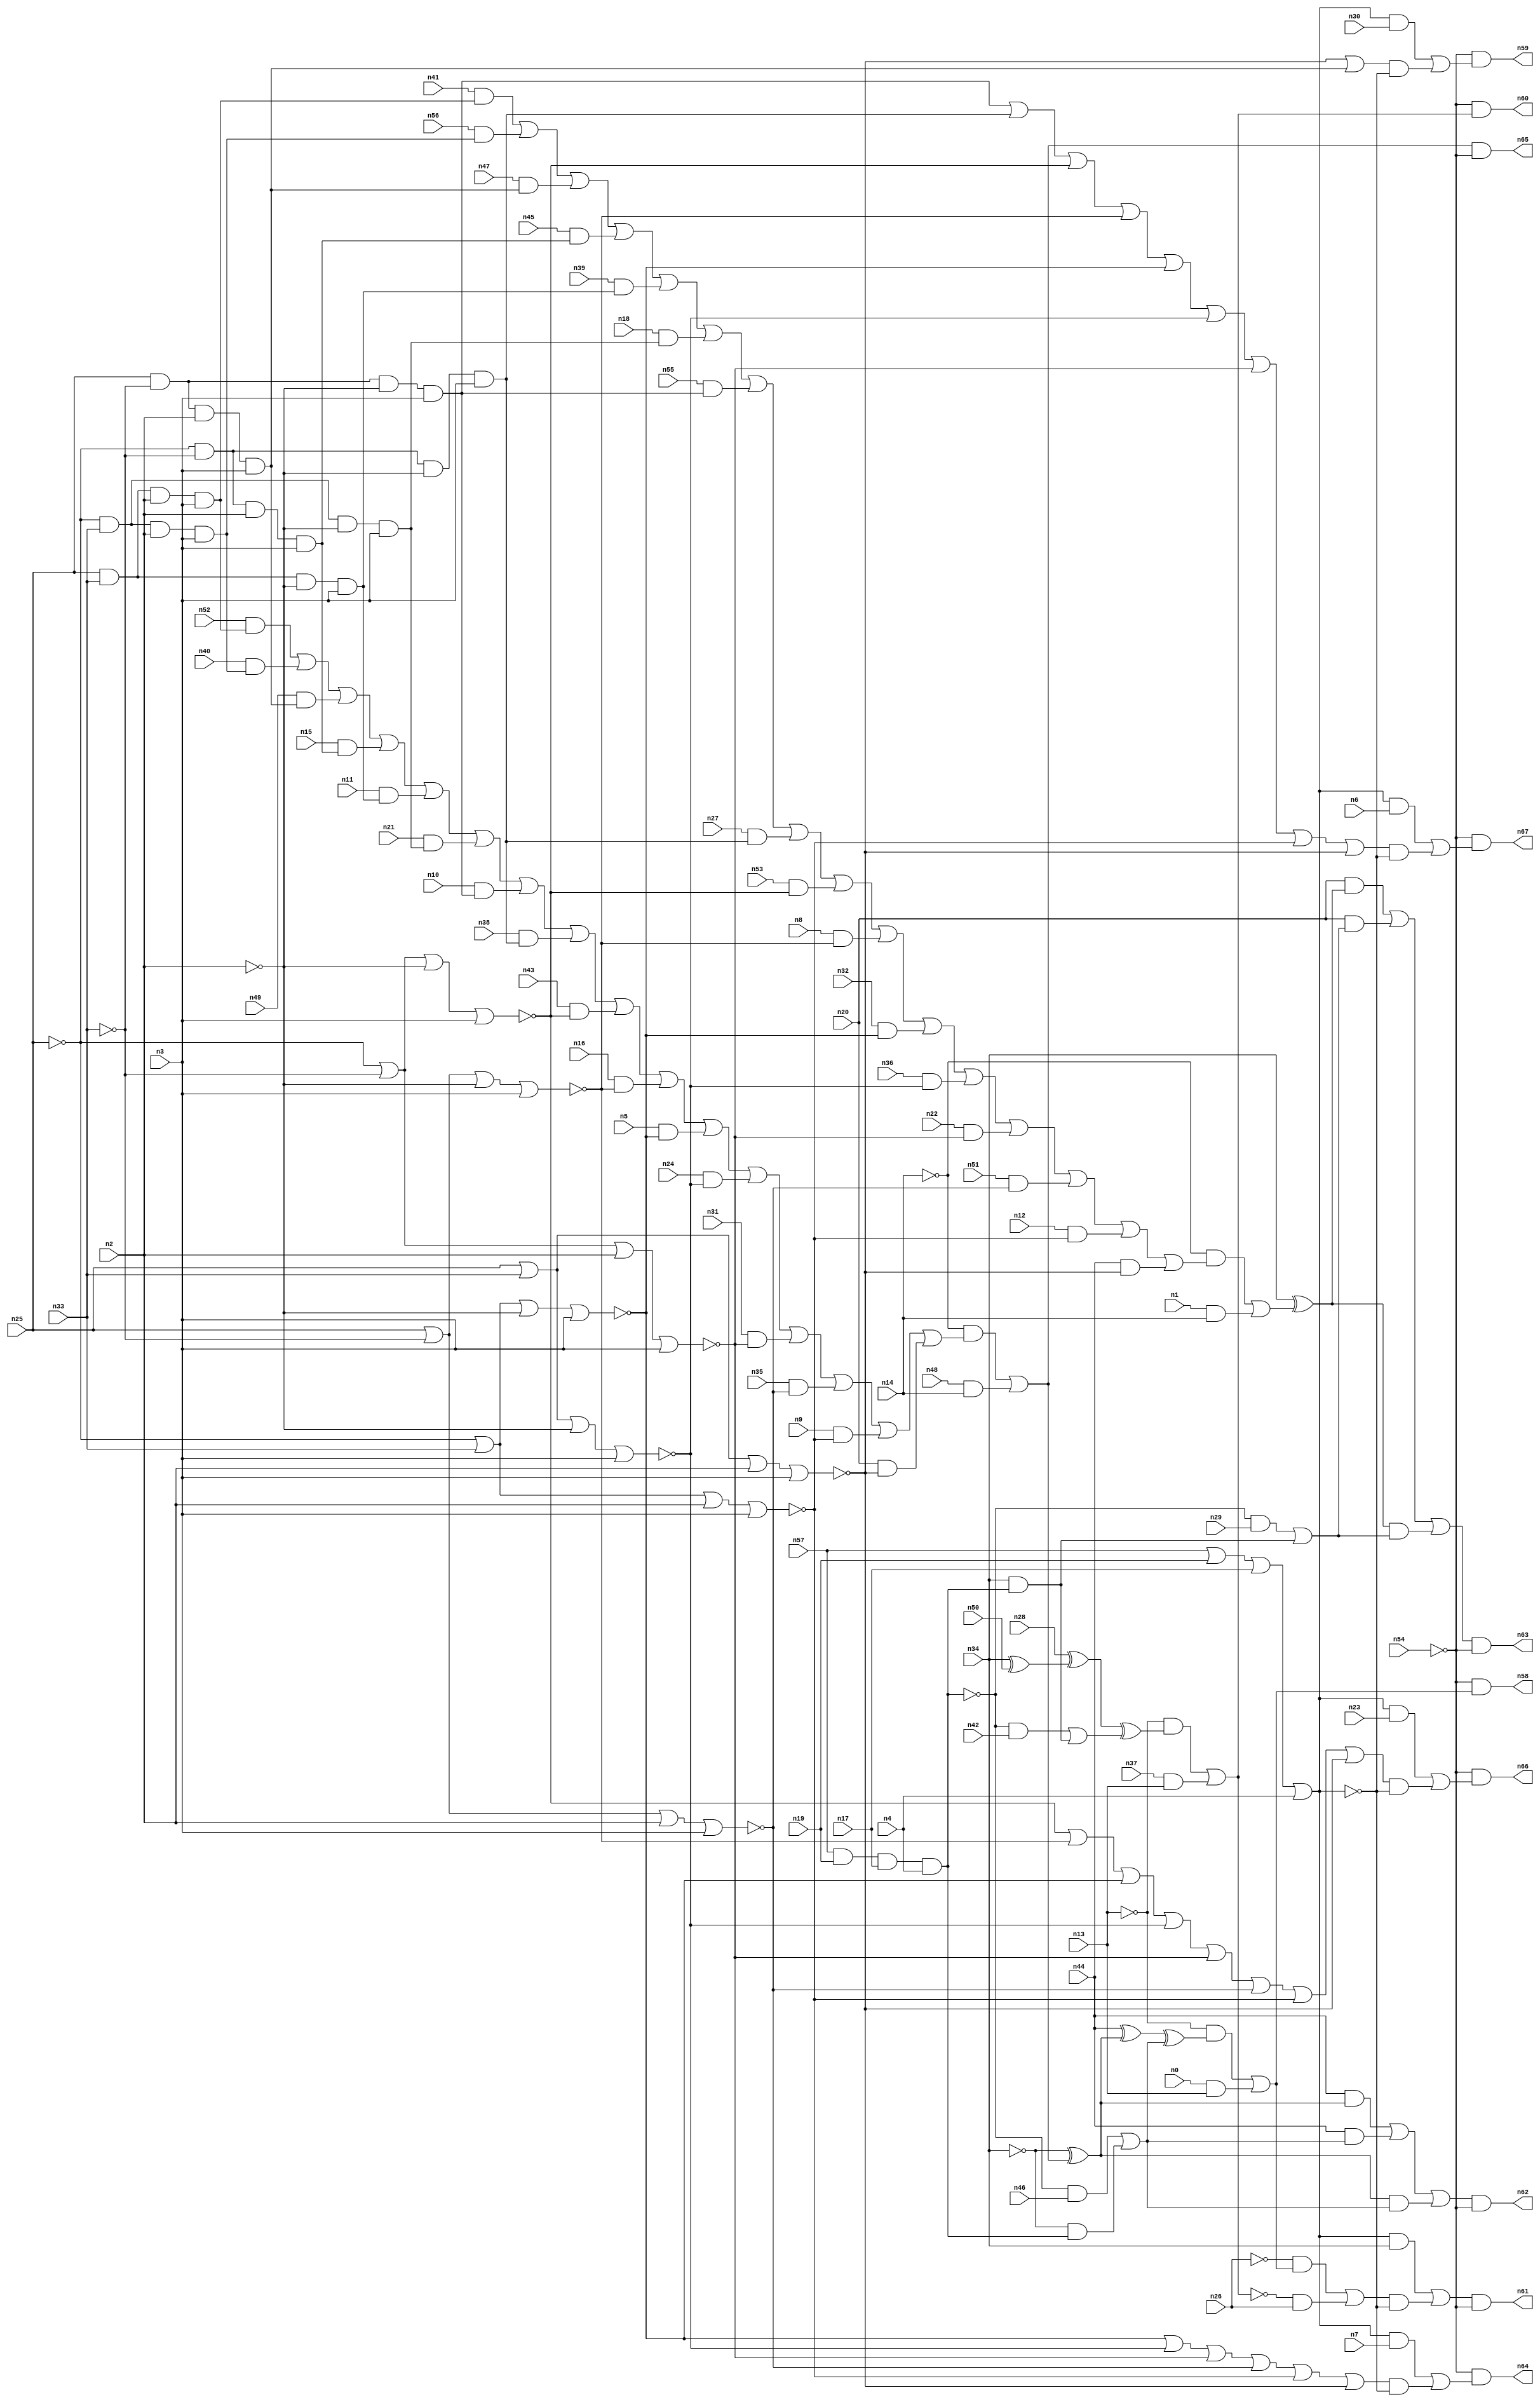
//
// Conformal-LEC Version 16.10-d160 ( 04-Jul-2016 ) ( 64 bit executable )
//
module top ( n0 , n1 , n2 , n3 , n4 , n5 , n6 , n7 , n8 , n9 , n10 , n11 , n12 , n13 , n14 , n15 , n16 , n17 , n18 , n19 , n20 , n21 , n22 , n23 , n24 , n25 , n26 , n27 , n28 , n29 , n30 , n31 , n32 , n33 , n34 , n35 , n36 , n37 , n38 , n39 , n40 , n41 , n42 , n43 , n44 , n45 , n46 , n47 , n48 , n49 , n50 , n51 , n52 , n53 , n54 , n55 , n56 , n57 , n58 , n59 , n60 , n61 , n62 , n63 , n64 , n65 , n66 , n67 );
input n0 , n1 , n2 , n3 , n4 , n5 , n6 , n7 , n8 , n9 , n10 , n11 , n12 , n13 , n14 , n15 , n16 , n17 , n18 , n19 , n20 , n21 , n22 , n23 , n24 , n25 , n26 , n27 , n28 , n29 , n30 , n31 , n32 , n33 , n34 , n35 , n36 , n37 , n38 , n39 , n40 , n41 , n42 , n43 , n44 , n45 , n46 , n47 , n48 , n49 , n50 , n51 , n52 , n53 , n54 , n55 , n56 , n57 ;
output n58 , n59 , n60 , n61 , n62 , n63 , n64 , n65 , n66 , n67 ;

wire n136 , n137 , n138 , n139 , n140 , n141 , n142 , n143 , n144 , 
     n145 , n146 , n147 , n148 , n149 , n150 , n151 , n152 , n153 , n154 , 
     n155 , n156 , n157 , n158 , n159 , n160 , n161 , n162 , n163 , n164 , 
     n165 , n166 , n167 , n168 , n169 , n170 , n171 , n172 , n173 , n174 , 
     n175 , n176 , n177 , n178 , n179 , n180 , n181 , n182 , n183 , n184 , 
     n185 , n186 , n187 , n188 , n189 , n190 , n191 , n192 , n193 , n194 , 
     n195 , n196 , n197 , n198 , n199 , n200 , n201 , n202 , n203 , n204 , 
     n205 , n206 , n207 , n208 , n209 , n210 , n211 , n212 , n213 , n214 , 
     n215 , n216 , n217 , n218 , n219 , n220 , n221 , n222 , n223 , n224 , 
     n225 , n226 , n227 , n228 , n229 , n230 , n231 , n232 , n233 , n234 , 
     n235 , n236 , n237 , n238 , n239 , n240 , n241 , n242 , n243 , n244 , 
     n245 , n246 , n247 , n248 , n249 , n250 , n251 , n252 , n253 , n254 , 
     n255 , n256 , n257 , n258 , n259 , n260 , n261 , n262 , n263 , n264 , 
     n265 , n266 , n267 , n268 , n269 , n270 , n271 , n272 , n273 , n274 , 
     n275 , n276 , n277 , n278 , n279 , n280 , n281 , n282 , n283 , n284 , 
     n285 , n286 , n287 , n288 , n289 , n290 , n291 , n292 , n293 , n294 , 
     n295 , n296 , n297 , n298 , n299 , n300 , n301 , n302 , n303 , n304 , 
     n305 , n306 , n307 , n308 , n309 , n310 , n311 , n312 , n313 , n314 , 
     n315 , n316 , n317 , n318 , n319 , n320 , n321 , n322 , n323 , n324 , 
     n325 , n326 , n327 , n328 , n329 , n330 , n331 , n332 , n333 , n334 , 
     n335 , n336 , n337 , n338 , n339 , n340 , n341 , n342 , n343 , n344 , 
     n345 , n346 , n347 , n348 , n349 , n350 , n351 , n352 , n353 , n354 , 
     n355 , n356 , n357 , n358 , n359 , n360 , n361 , n362 , n363 , n364 , 
     n365 , n366 , n367 , n368 , n369 , n370 , n371 , n372 , n373 , n374 , 
     n375 , n376 , n377 , n378 , n379 , n380 , n381 , n382 , n383 , n384 , 
     n385 , n386 , n387 , n388 , n389 , n390 , n391 , n392 , n393 , n394 , 
     n395 , n396 , n397 , n398 , n399 , n400 , n401 , n402 , n403 , n404 , 
     n405 , n406 , n407 , n408 , n409 , n410 , n411 , n412 , n413 , n414 , 
     n415 , n416 , n417 , n418 , n419 , n420 , n421 , n422 , n423 , n424 , 
     n425 , n426 , n427 , n428 , n429 , n430 , n431 , n432 , n433 , n434 , 
     n435 , n436 , n437 , n438 , n439 , n440 , n441 , n442 , n443 ;
buf ( n61 , n320 );
buf ( n58 , n325 );
buf ( n62 , n334 );
buf ( n65 , n338 );
buf ( n60 , n343 );
buf ( n64 , n359 );
buf ( n59 , n371 );
buf ( n67 , n390 );
buf ( n66 , n408 );
buf ( n63 , n443 );
buf ( n185 , n34 );
buf ( n186 , n44 );
buf ( n187 , n52 );
buf ( n188 , n25 );
buf ( n189 , n33 );
buf ( n190 , n2 );
buf ( n191 , n3 );
buf ( n192 , n40 );
buf ( n193 , n49 );
buf ( n194 , n15 );
buf ( n195 , n11 );
buf ( n196 , n21 );
buf ( n197 , n10 );
buf ( n198 , n38 );
buf ( n199 , n43 );
buf ( n200 , n16 );
buf ( n201 , n5 );
buf ( n202 , n24 );
buf ( n203 , n31 );
buf ( n204 , n35 );
buf ( n205 , n9 );
buf ( n206 , n20 );
buf ( n207 , n48 );
buf ( n208 , n14 );
buf ( n209 , n46 );
buf ( n210 , n57 );
buf ( n211 , n19 );
buf ( n212 , n17 );
buf ( n213 , n4 );
buf ( n214 , n0 );
buf ( n215 , n13 );
buf ( n216 , n28 );
buf ( n217 , n50 );
buf ( n218 , n42 );
buf ( n219 , n37 );
buf ( n220 , n26 );
buf ( n221 , n54 );
buf ( n222 , n7 );
buf ( n223 , n30 );
buf ( n224 , n6 );
buf ( n225 , n23 );
buf ( n226 , n41 );
buf ( n227 , n56 );
buf ( n228 , n47 );
buf ( n229 , n45 );
buf ( n230 , n39 );
buf ( n231 , n18 );
buf ( n232 , n55 );
buf ( n233 , n27 );
buf ( n234 , n53 );
buf ( n235 , n8 );
buf ( n236 , n32 );
buf ( n237 , n36 );
buf ( n238 , n22 );
buf ( n239 , n51 );
buf ( n240 , n12 );
buf ( n241 , n1 );
buf ( n242 , n29 );
nor ( n243 , n210 , n211 , n212 , n213 );
not ( n244 , n243 );
and ( n245 , n244 , n185 );
not ( n246 , n220 );
not ( n247 , n215 );
not ( n248 , n185 );
not ( n249 , n208 );
and ( n250 , n188 , n189 , n190 , n191 );
and ( n251 , n187 , n250 );
not ( n252 , n188 );
and ( n253 , n252 , n189 , n190 , n191 );
and ( n254 , n192 , n253 );
not ( n255 , n189 );
and ( n256 , n188 , n255 , n190 , n191 );
and ( n257 , n193 , n256 );
and ( n258 , n252 , n255 , n190 , n191 );
and ( n259 , n194 , n258 );
not ( n260 , n190 );
and ( n261 , n188 , n189 , n260 , n191 );
and ( n262 , n195 , n261 );
and ( n263 , n252 , n189 , n260 , n191 );
and ( n264 , n196 , n263 );
and ( n265 , n188 , n255 , n260 , n191 );
and ( n266 , n197 , n265 );
and ( n267 , n252 , n255 , n260 , n191 );
and ( n268 , n198 , n267 );
nor ( n269 , n252 , n255 , n260 , n191 );
and ( n270 , n199 , n269 );
nor ( n271 , n188 , n255 , n260 , n191 );
and ( n272 , n200 , n271 );
nor ( n273 , n252 , n189 , n260 , n191 );
and ( n274 , n201 , n273 );
nor ( n275 , n188 , n189 , n260 , n191 );
and ( n276 , n202 , n275 );
nor ( n277 , n252 , n255 , n190 , n191 );
and ( n278 , n203 , n277 );
nor ( n279 , n188 , n255 , n190 , n191 );
and ( n280 , n204 , n279 );
nor ( n281 , n252 , n189 , n190 , n191 );
and ( n282 , n205 , n281 );
nor ( n283 , n188 , n189 , n190 , n191 );
and ( n284 , n206 , n283 );
or ( n285 , n251 , n254 , n257 , n259 , n262 , n264 , n266 , n268 , n270 , n272 , n274 , n276 , n278 , n280 , n282 , n284 );
and ( n286 , n249 , n285 );
and ( n287 , n207 , n208 );
or ( n288 , n286 , n287 );
xor ( n289 , n248 , n288 );
xor ( n290 , n186 , n289 );
and ( n291 , n210 , n211 , n212 , n213 );
not ( n292 , n291 );
and ( n293 , n292 , n209 );
and ( n294 , n248 , n291 );
or ( n295 , n293 , n294 );
xor ( n296 , n290 , n295 );
and ( n297 , n247 , n296 );
and ( n298 , n214 , n215 );
or ( n299 , n297 , n298 );
and ( n300 , n246 , n299 );
not ( n301 , n215 );
xor ( n302 , n185 , n217 );
xor ( n303 , n216 , n302 );
not ( n304 , n291 );
and ( n305 , n304 , n218 );
and ( n306 , n185 , n291 );
or ( n307 , n305 , n306 );
xor ( n308 , n303 , n307 );
and ( n309 , n301 , n308 );
and ( n310 , n219 , n215 );
or ( n311 , n309 , n310 );
not ( n312 , n311 );
and ( n313 , n312 , n220 );
or ( n314 , n300 , n313 );
and ( n315 , n314 , n243 );
or ( n316 , n245 , n315 );
not ( n317 , n221 );
and ( n318 , n316 , n317 );
buf ( n319 , n318 );
buf ( n320 , n319 );
not ( n321 , n221 );
and ( n322 , n321 , n299 );
or ( n323 , n322 , 1'b0 );
buf ( n324 , n323 );
buf ( n325 , n324 );
and ( n326 , n186 , n289 );
and ( n327 , n186 , n295 );
or ( n328 , n326 , n327 );
and ( n329 , n289 , n295 );
or ( n330 , n328 , n329 );
not ( n331 , n221 );
and ( n332 , n330 , n331 );
buf ( n333 , n332 );
buf ( n334 , n333 );
not ( n335 , n221 );
and ( n336 , n288 , n335 );
buf ( n337 , n336 );
buf ( n338 , n337 );
not ( n339 , n221 );
and ( n340 , n339 , n311 );
or ( n341 , n340 , 1'b0 );
buf ( n342 , n341 );
buf ( n343 , n342 );
not ( n344 , n221 );
not ( n345 , n243 );
and ( n346 , n345 , n222 );
buf ( n347 , n273 );
buf ( n348 , n275 );
buf ( n349 , n277 );
buf ( n350 , n279 );
buf ( n351 , n281 );
buf ( n352 , n283 );
or ( n353 , 1'b0 , 1'b0 , 1'b0 , 1'b0 , 1'b0 , 1'b0 , 1'b0 , 1'b0 , n347 , n348 , n349 , n350 , n351 , n352 , 1'b0 );
and ( n354 , n353 , n243 );
or ( n355 , n346 , n354 );
and ( n356 , n344 , n355 );
or ( n357 , n356 , 1'b0 );
buf ( n358 , n357 );
buf ( n359 , n358 );
not ( n360 , n221 );
not ( n361 , n243 );
and ( n362 , n361 , n223 );
buf ( n363 , n283 );
buf ( n364 , n256 );
or ( n365 , 1'b0 , 1'b0 , 1'b0 , 1'b0 , 1'b0 , 1'b0 , 1'b0 , 1'b0 , 1'b0 , 1'b0 , 1'b0 , 1'b0 , 1'b0 , n363 , n364 );
and ( n366 , n365 , n243 );
or ( n367 , n362 , n366 );
and ( n368 , n360 , n367 );
or ( n369 , n368 , 1'b0 );
buf ( n370 , n369 );
buf ( n371 , n370 );
not ( n372 , n221 );
not ( n373 , n243 );
and ( n374 , n373 , n224 );
buf ( n375 , n265 );
buf ( n376 , n267 );
buf ( n377 , n269 );
buf ( n378 , n271 );
buf ( n379 , n273 );
buf ( n380 , n275 );
buf ( n381 , n277 );
buf ( n382 , n281 );
buf ( n383 , n283 );
or ( n384 , 1'b0 , 1'b0 , 1'b0 , 1'b0 , n375 , n376 , n377 , n378 , n379 , n380 , n381 , 1'b0 , n382 , n383 , 1'b0 );
and ( n385 , n384 , n243 );
or ( n386 , n374 , n385 );
and ( n387 , n372 , n386 );
or ( n388 , n387 , 1'b0 );
buf ( n389 , n388 );
buf ( n390 , n389 );
not ( n391 , n221 );
not ( n392 , n243 );
and ( n393 , n392 , n225 );
buf ( n394 , n269 );
buf ( n395 , n271 );
buf ( n396 , n273 );
buf ( n397 , n275 );
buf ( n398 , n277 );
buf ( n399 , n279 );
buf ( n400 , n281 );
buf ( n401 , n283 );
or ( n402 , 1'b0 , 1'b0 , 1'b0 , 1'b0 , 1'b0 , 1'b0 , n394 , n395 , n396 , n397 , n398 , n399 , n400 , n401 , 1'b0 );
and ( n403 , n402 , n243 );
or ( n404 , n393 , n403 );
and ( n405 , n391 , n404 );
or ( n406 , n405 , 1'b0 );
buf ( n407 , n406 );
buf ( n408 , n407 );
not ( n409 , n208 );
and ( n410 , n226 , n250 );
and ( n411 , n227 , n253 );
and ( n412 , n228 , n256 );
and ( n413 , n229 , n258 );
and ( n414 , n230 , n261 );
and ( n415 , n231 , n263 );
and ( n416 , n232 , n265 );
and ( n417 , n233 , n267 );
and ( n418 , n234 , n269 );
and ( n419 , n235 , n271 );
and ( n420 , n236 , n273 );
and ( n421 , n237 , n275 );
and ( n422 , n238 , n277 );
and ( n423 , n239 , n279 );
and ( n424 , n240 , n281 );
and ( n425 , n186 , n283 );
or ( n426 , n410 , n411 , n412 , n413 , n414 , n415 , n416 , n417 , n418 , n419 , n420 , n421 , n422 , n423 , n424 , n425 );
and ( n427 , n409 , n426 );
and ( n428 , n241 , n208 );
or ( n429 , n427 , n428 );
xor ( n430 , n185 , n429 );
and ( n431 , n206 , n430 );
not ( n432 , n291 );
and ( n433 , n432 , n242 );
and ( n434 , n185 , n291 );
or ( n435 , n433 , n434 );
and ( n436 , n206 , n435 );
or ( n437 , n431 , n436 );
and ( n438 , n430 , n435 );
or ( n439 , n437 , n438 );
not ( n440 , n221 );
and ( n441 , n439 , n440 );
buf ( n442 , n441 );
buf ( n443 , n442 );
endmodule